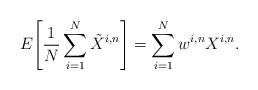
LaTeX: \begin{align*} E\Bigg[ \frac{1}{N} \sum^{N}_{i=1}\tilde{X}^{i, n}\Bigg] = \sum_{i=1}^N w^{i, n}X^{i, n} . \end{align*}